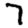
Digit: 7